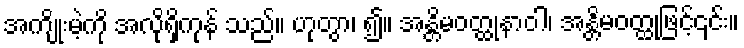
အကျိုးမဲ့ကို အလိုရှိကုန် သည်။ ဟုတွာ၊ ၍။ အန္တိမဝတ္ထုနာဝါ၊ အန္တိမဝတ္ထုဖြင့်၎င်း။